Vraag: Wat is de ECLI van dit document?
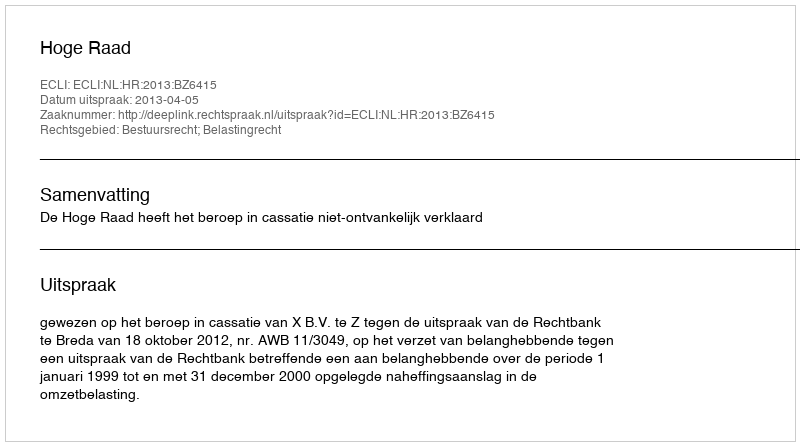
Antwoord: ECLI:NL:HR:2013:BZ6415